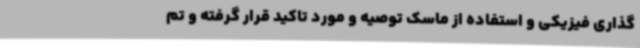
گذاری فیزیکی و استفاده از ماسک توصیه و مورد تاکید قرار گرفته و تم